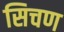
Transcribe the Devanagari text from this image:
सिचण